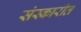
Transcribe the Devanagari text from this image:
संस्कारीत